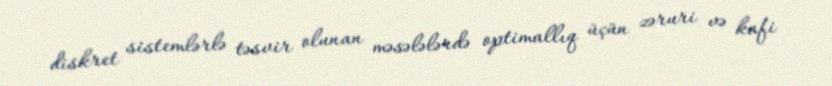
diskret sistemlərlə təsvir olunan məsələlərdə optimallıq üçün zəruri və kafi